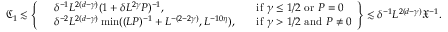
\mathfrak C _ { 1 } \lesssim \left\{ \begin{array} { r l r l } & { \delta ^ { - 1 } L ^ { 2 ( d - \gamma ) } ( 1 + \delta L ^ { 2 \gamma } P ) ^ { - 1 } , } & & { \mathrm { i f } \, \, \gamma \leq 1 / 2 \, \, \mathrm { o r } \, \, P = 0 } \\ & { \delta ^ { - 2 } L ^ { 2 ( d - \gamma ) } \operatorname* { m i n } ( ( L P ) ^ { - 1 } + L ^ { - ( 2 - 2 \gamma ) } , L ^ { - 1 0 \eta } ) , } & & { \mathrm { i f } \, \, \gamma > 1 / 2 \, \, \mathrm { a n d } \, \, P \neq 0 } \end{array} \right\} \lesssim \delta ^ { - 1 } L ^ { 2 ( d - \gamma ) } \mathfrak X ^ { - 1 } .